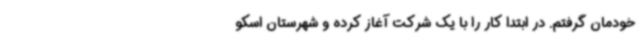
خودمان گرفتم. در ابتدا کار را با یک شرکت آغاز کرده و شهرستان اسکو